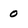
Character: 0